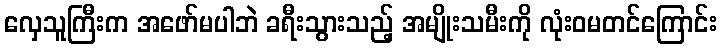
လှေသူကြီးက အဖော်မပါဘဲ ခရီးသွားသည့် အမျိုးသမီးကို လုံးဝမတင်ကြောင်း